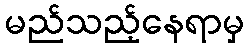
မည်သည့်နေရာမှ